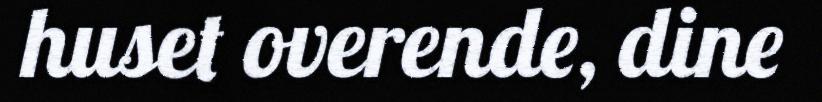
huset overende, dine